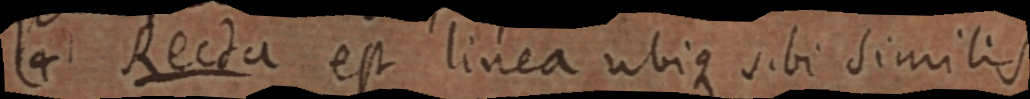
(4) Recta est linea ubique sibi similis